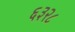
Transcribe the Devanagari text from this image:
६३२८